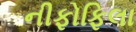
નીફોફિલા